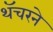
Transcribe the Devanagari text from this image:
थॅचरने